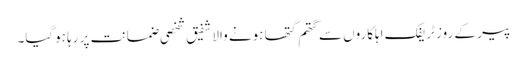
پیر کے روز ٹریفک اہلکاروں سے گتھم گتھا ہونے والا شفیق شخصی ضمانت پر رہا ہوگیا۔